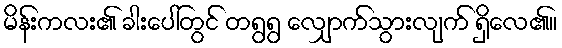
မိန်းကလး၏ ခါးပေါ်တွင် တရွရွ လျှောက်သွားလျက် ရှိလေ၏။